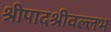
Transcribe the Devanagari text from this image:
श्रीपादश्रीवल्लभ